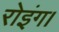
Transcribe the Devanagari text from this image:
रोइंग।